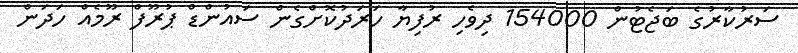
ސަރުކާރުގެ ބަޖެޓުން 154000 ދިވެހި ރުފިޔާ ހަރަދުކޮށްގެން ސައުންޑް ޕުރޫފް ރޫމެއް ހަދަން